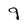
Character: 9